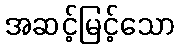
အဆင့်မြင့်သော